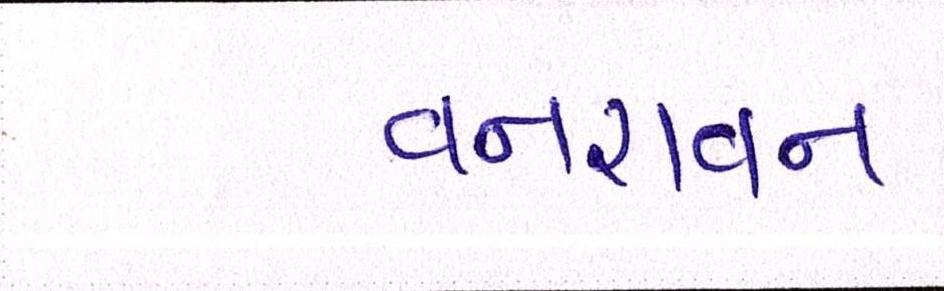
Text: વનરાવન